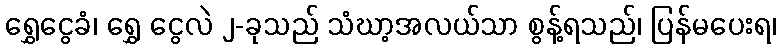
ရွှေငွေခံ၊ ရွှေ ငွေလဲ ၂-ခုသည် သံဃာ့အလယ်သာ စွန့်ရသည်၊ ပြန်မပေးရ၊